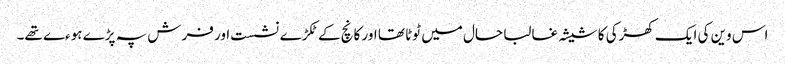
اس وین کی ایک کھڑکی کا شیشہ غالبا حال میں ٹوٹا تھا اور کانچ کے ٹکڑے نشست اور فرش پہ پڑے ہوءے تھے۔